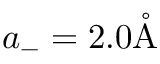
a _ { - } = 2 . 0 \mathring \mathrm { A }